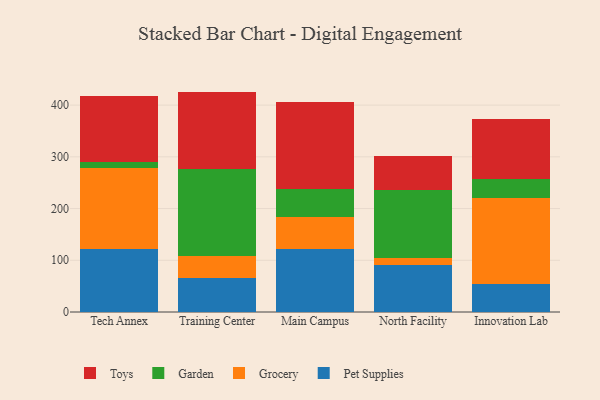
{"axis": {"x": "Campus", "y": "Waste Production (Tons)"}, "legend": ["Garden", "Grocery", "Pet Supplies", "Toys"], "data": [{"x": "Tech Annex", "y": 122.5, "type": "Pet Supplies"}, {"x": "Tech Annex", "y": 156.4, "type": "Grocery"}, {"x": "Tech Annex", "y": 10.8, "type": "Garden"}, {"x": "Tech Annex", "y": 127.9, "type": "Toys"}, {"x": "Training Center", "y": 66.5, "type": "Pet Supplies"}, {"x": "Training Center", "y": 40.9, "type": "Grocery"}, {"x": "Training Center", "y": 169.9, "type": "Garden"}, {"x": "Training Center", "y": 148.8, "type": "Toys"}, {"x": "Main Campus", "y": 122.4, "type": "Pet Supplies"}, {"x": "Main Campus", "y": 61.9, "type": "Grocery"}, {"x": "Main Campus", "y": 53.2, "type": "Garden"}, {"x": "Main Campus", "y": 169.3, "type": "Toys"}, {"x": "North Facility", "y": 91.3, "type": "Pet Supplies"}, {"x": "North Facility", "y": 13.2, "type": "Grocery"}, {"x": "North Facility", "y": 131.8, "type": "Garden"}, {"x": "North Facility", "y": 64.7, "type": "Toys"}, {"x": "Innovation Lab", "y": 54.2, "type": "Pet Supplies"}, {"x": "Innovation Lab", "y": 165.7, "type": "Grocery"}, {"x": "Innovation Lab", "y": 37.4, "type": "Garden"}, {"x": "Innovation Lab", "y": 115.7, "type": "Toys"}]}